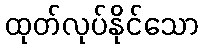
ထုတ်လုပ်နိုင်သော